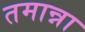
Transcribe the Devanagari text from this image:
तमान्ना